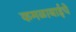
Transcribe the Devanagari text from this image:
कमळाबाईचे